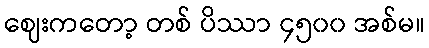
ဈေးကတော့ တစ် ပိဿာ ၄၅၀၀ အစ်မ။